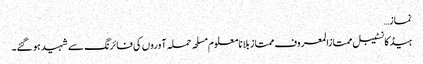
نماز…
ہیڈکانسٹیبل ممتازالمعروف ممتاز بلا نامعلوم مسلحہ حملہ آوروں کی فائرنگ سے شہید ہو گئے۔